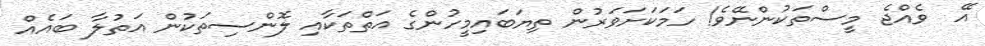
އޭ  ވެއްޖެ މީސްތަކުންނޭވެ! ހަމަކަށަވަރުން ތިޔަބައިމީހުންގެ އަތްތަކާއި ލޮންސިތަކުން އަތުލާ ބައެއް